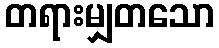
တရားမျှတသော